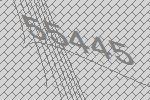
55445